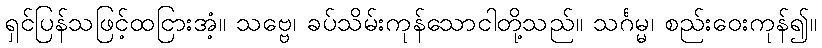
ရှင်ပြန်သဖြင့်ထငြားအံ့။ သဗ္ဗေ၊ ခပ်သိမ်းကုန်သောငါတို့သည်။ သင်္ဂမ္မ၊ စည်းဝေးကုန်၍။